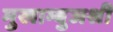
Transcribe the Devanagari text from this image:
मुखाम्बुजश्री